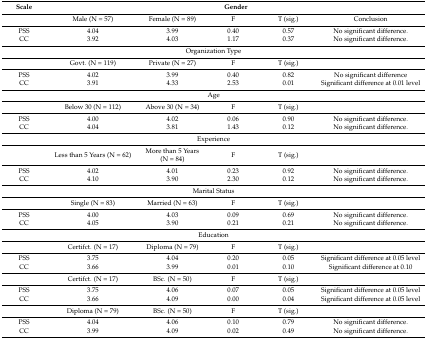
<table><thead><tr><td><b>Scale</b></td><td colspan="5"><b>Gender</b></td></tr></thead><tbody><tr><td></td><td>Male (N = 57)</td><td>Female (N = 89)</td><td>F</td><td>T (sig.)</td><td>Conclusion</td></tr><tr><td>PSS</td><td>4.04</td><td>3.99</td><td>0.40</td><td>0.57</td><td>No significant difference.</td></tr><tr><td>CC</td><td>3.92</td><td>4.03</td><td>1.17</td><td>0.37</td><td>No significant difference.</td></tr><tr><td colspan="6">Organization Type</td></tr><tr><td></td><td>Govt. (N = 119)</td><td>Private (N = 27)</td><td>F</td><td>T (sig.)</td><td></td></tr><tr><td>PSS</td><td>4.02</td><td>3.99</td><td>0.40</td><td>0.82</td><td>No significant difference</td></tr><tr><td>CC</td><td>3.91</td><td>4.33</td><td>2.53</td><td>0.01</td><td>Significant difference at 0.01 level</td></tr><tr><td colspan="6">Age</td></tr><tr><td></td><td>Below 30 (N = 112)</td><td>Above 30 (N = 34)</td><td>F</td><td>T (sig.)</td><td></td></tr><tr><td>PSS</td><td>4.00</td><td>4.02</td><td>0.06</td><td>0.90</td><td>No significant difference.</td></tr><tr><td>CC</td><td>4.04</td><td>3.81</td><td>1.43</td><td>0.12</td><td>No significant difference.</td></tr><tr><td colspan="6">Experience</td></tr><tr><td></td><td>Less than 5 Years (N = 62)</td><td>More than 5 Years (N = 84)</td><td>F</td><td>T (sig.)</td><td></td></tr><tr><td>PSS</td><td>4.02</td><td>4.01</td><td>0.23</td><td>0.92</td><td>No significant difference.</td></tr><tr><td>CC</td><td>4.10</td><td>3.90</td><td>2.30</td><td>0.12</td><td>No significant difference.</td></tr><tr><td colspan="6">Marital Status</td></tr><tr><td></td><td>Single (N = 83)</td><td>Married (N = 63)</td><td>F</td><td>T (sig.)</td><td></td></tr><tr><td>PSS</td><td>4.00</td><td>4.03</td><td>0.09</td><td>0.69</td><td>No significant difference.</td></tr><tr><td>CC</td><td>4.05</td><td>3.90</td><td>0.21</td><td>0.21</td><td>No significant difference.</td></tr><tr><td colspan="6">Education</td></tr><tr><td></td><td>Certifct. (N = 17)</td><td>Diploma (N = 79)</td><td>F</td><td>T (sig.)</td><td></td></tr><tr><td>PSS</td><td>3.75</td><td>4.04</td><td>0.20</td><td>0.05</td><td>Significant difference at 0.05 level</td></tr><tr><td>CC</td><td>3.66</td><td>3.99</td><td>0.01</td><td>0.10</td><td>Significant difference at 0.10</td></tr><tr><td></td><td>Certifct. (N = 17)</td><td>BSc. (N = 50)</td><td>F</td><td>T (sig.)</td><td></td></tr><tr><td>PSS</td><td>3.75</td><td>4.06</td><td>0.07</td><td>0.05</td><td>Significant difference at 0.05 level</td></tr><tr><td>CC</td><td>3.66</td><td>4.09</td><td>0.00</td><td>0.04</td><td>Significant difference at 0.05 level</td></tr><tr><td></td><td>Diploma (N = 79)</td><td>BSc. (N = 50)</td><td>F</td><td>T (sig.)</td><td></td></tr><tr><td>PSS</td><td>4.04</td><td>4.06</td><td>0.10</td><td>0.79</td><td>No significant difference.</td></tr><tr><td>CC</td><td>3.99</td><td>4.09</td><td>0.02</td><td>0.49</td><td>No significant difference.</td></tr></tbody></table>